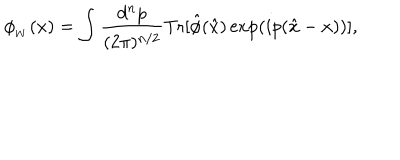
\phi _ { _ W } ( x ) = \int \frac { d ^ { n } p } { ( 2 \pi ) ^ { n / 2 } } \textrm { T r } [ \hat { \phi } ( \hat { x } ) \exp ( i p ( \hat { x } - x ) ) ] ,